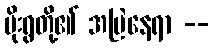
ပိုးရွတို့၏ အမြဲနေရာ --